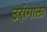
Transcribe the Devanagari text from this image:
उद्दोगाला